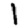
Digit: 1